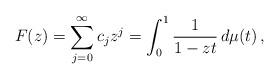
LaTeX: \begin{align*}F(z) = \sum_{j=0}^\infty c_j z^j = \int_0^1 \frac{1}{1-zt}\,d\mu(t) \,,\end{align*}